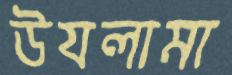
উযলামা